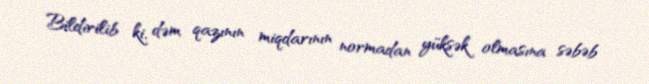
Bildirilib ki, dəm qazının miqdarının normadan yüksək olmasına səbəb